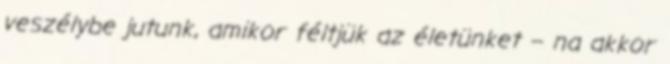
veszélybe jutunk, amikor féltjük az életünket – na akkor